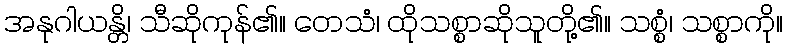
အနုဂါယန္တိ၊ သီဆိုကုန်၏။ တေသံ၊ ထိုသစ္စာဆိုသူတို့၏။ သစ္စံ၊ သစ္စာကို။